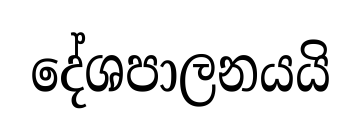
දේශපාලනයයි